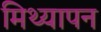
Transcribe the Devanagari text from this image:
मिथ्यापन